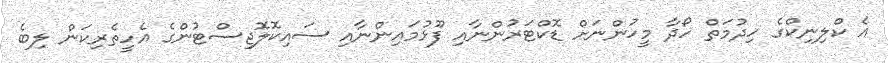
އެ ކްލިނިކްގެ ހިދުމަތް ހޯދާ މީހުންނަށް ޑޮކްޓަރުންނާއި ފޫޅުމައިންނާއި ސައިކޮލޮޖިސްޓުންގެ އެހީތެރިކަން ލިބެ